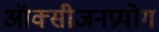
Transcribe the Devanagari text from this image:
ऑक्सीजनप्रयोग